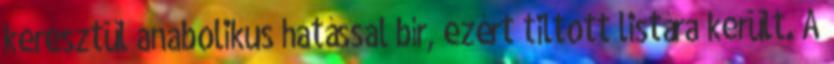
keresztül anabolikus hatással bír, ezért tiltott listára került. A